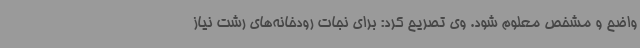
واضح و مشخص معلوم شود. وی تصریح کرد: برای نجات رودخانه‌های رشت نیاز